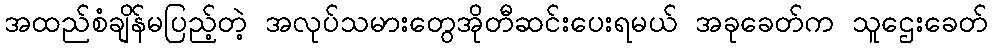
အထည်စံချိန်မပြည့်တဲ့ အလုပ်သမားတွေအိုတီဆင်းပေးရမယ် အခုခေတ်က သူဌေးခေတ်